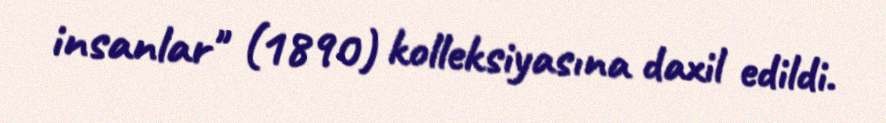
insanlar" (1890) kolleksiyasına daxil edildi.